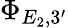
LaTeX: \Phi_{E_{2},3^{\prime}}